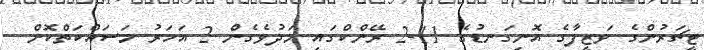
ޓީޗަރުންގެ ވަޒީފާގެ އޮނިގަނޑުގެ 11-2 ރޭންކްގައި މަދުވެގެން 2 އަހަރު މަސައްކަތްކޮށް